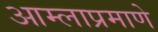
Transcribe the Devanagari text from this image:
आम्लाप्रमाणे